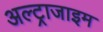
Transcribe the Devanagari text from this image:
अल्ट्राजाइम